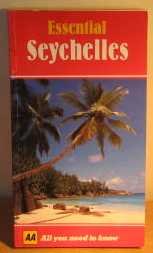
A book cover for Essential Seychelles (AA Essential); Automobile Association; Travel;